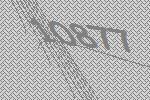
10877